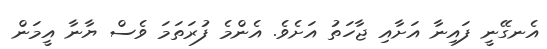
އެނގޭނީ ފައިނާ އަށާއި ޖާހަތު އަށެވެ. އެންމެ ފުރަތަމަ ވެސް ޔާނާ އީމަން